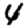
Digit: 4